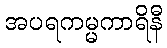
အပရကမ္မကာရိနီ